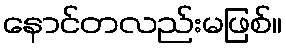
နောင်တလည်းမဖြစ်။